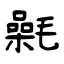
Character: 氉